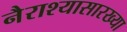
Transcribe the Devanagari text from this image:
नैराश्यासारख्या